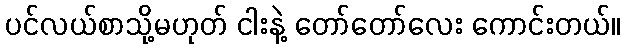
ပင်လယ်စာသို့မဟုတ် ငါးနဲ့ တော်တော်လေး ကောင်းတယ်။